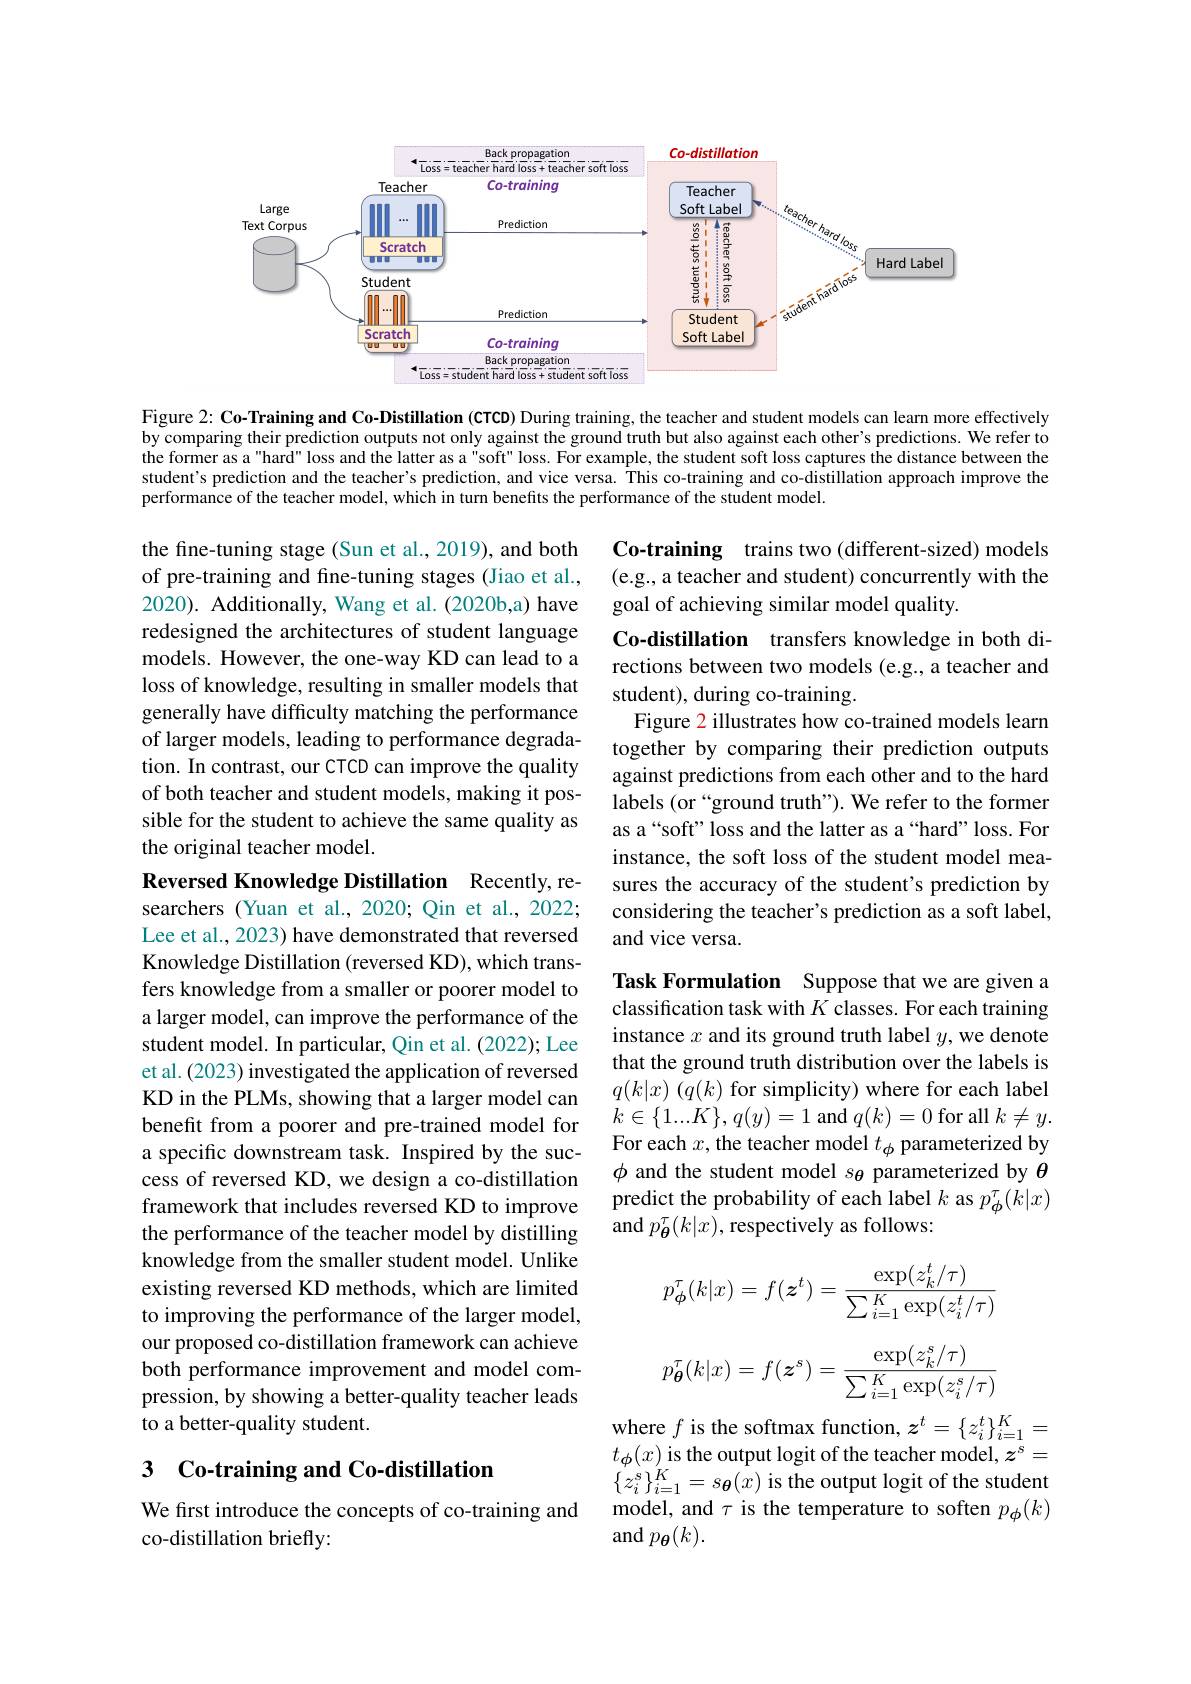
<FigureHere>

Figure 2: Co-Training and Co-Distillation (CTCD) During training, the teacher and student models can learn more effectively by comparing their prediction outputs not only against the ground truth but also against each other's predictions. We refer to the former as a"hard" loss and the latter as a"soft" loss. For example, the student soft loss captures the distance between the student's prediction and the teacher's prediction, and vice versa. This co-training and co-distillation approach improve the performance of the teacher model, which in turn benefits the performance of the student model.

Co-training trains two(different-sized) models (e.g., a teacher and student) concurrently with the goal of achieving similar model quality.

the fine-tuning stage (Sun et al.,2019), and both of pre-training and fine-tuning stages (Jiao et al., 2020). Additionally, Wang et al. (2020b,a) have redesigned the architectures of student language models. However, the one-way KD can lead to a loss of knowledge, resulting in smaller models that generally have difficulty matching the performance of larger models, leading to performance degradation. In contrast, our CTCD can improve the quality of both teacher and student models, making it possible for the student to achieve the same quality as the original teacher model.

Co-distillation transfers knowledge in both directions between two models (e.g., a teacher and student), during co-training.
Figure 2 illustrates how co-trained models learn together by comparing their prediction outputs against predictions from each other and to the hard labels (or“ground truth”). We refer to the former as a“soft”loss and the latter as a“hard”loss. For instance, the soft loss of the student model measures the accuracy of the student's prediction by considering the teacher's prediction as a soft label, and vice versa.

Reversed Knowledge Distillation Recently, researchers (Yuan et al., 2020; Qin et al., 2022; Lee et al., 2023) have demonstrated that reversed Knowledge Distillation (reversed KD), which transfers knowledge from a smaller or poorer model to a larger model, can improve the performance of the student model. In particular, Qin et al. (2022); Lee et al. (2023) investigated the application of reversed KD in the PLMs, showing that a larger model can benefit from a poorer and pre-trained model for a specific downstream task. Inspired by the success of reversed KD, we design a co-distillation framework that includes reversed KD to improve the performance of the teacher model by distilling knowledge from the smaller student model. Unlike existing reversed KD methods, which are limited to improving the performance of the larger model, our proposed co-distillation framework can achieve both performance improvement and model compression, by showing a better-quality teacher leads to a better-quality student.

Task Formulation Suppose that we are given a classification task with $K$ classes. For each training instance $x$ and its ground truth label $y$,we denote that the ground truth distribution over the labels is $q( k| x)$ $( q( k)$ for simplicity) where for each label $k\in\{1...K\},q(y)=1$ and $q(k)=0$ for all $k\neq y.$ For each $x$,the teacher model $t_\phi$ parameterized by $\phi$ and the student model $s_{\theta}$ parameterized by $\theta$ predict the probability of each label $k$ as $p_{\phi}^{\tau}(k|x)$ and $p_{\boldsymbol{\theta}}^{\tau}(k|x)$,respectively as follows:
$$p_{\phi}^{\tau}(k|x)=f(\boldsymbol{z}^{t})=\frac{\exp(z_{k}^{t}/\tau)}{\sum_{i=1}^{K}\exp(z_{i}^{t}/\tau)}$$
$$p_{\boldsymbol{\theta}}^{\tau}(k|x)=f(\boldsymbol{z}^{s})=\frac{\exp(z_{k}^{s}/\tau)}{\sum_{i=1}^{K}\exp(z_{i}^{s}/\tau)}$$
# 3 Co-training and Co-distillation

where $f$ is the softmax function, $z^t=\{z_i^t\}_{i=1}^K=$ $t_{\boldsymbol{\phi}}(x)$ is the output logit of the teacher model, $z^s=$ $\{z_{i}^{s}\}_{i=1}^{K}=s_{\boldsymbol{\theta}}(x)$ is the output logit of the student model, and $\tau$ is the temperature to soften $p_{\boldsymbol{\phi}}(k)$ $\operatorname{and}p_{\boldsymbol{\theta}}(k).$

We first introduce the concepts of co-training and
co-distillation briefly: